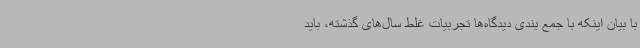
با بیان اینکه با جمع بندی دیدگاه‌ها تجربیات غلط سال‌های گذشته، باید